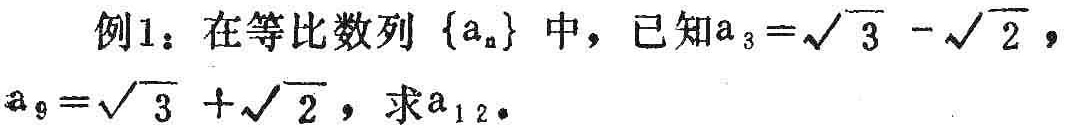
例1：在等比数列\(\{a_{n}\}\)中，已知\(a_{3}=\sqrt{3}-\sqrt{2}\)，\(a_{9}=\sqrt{3}+\sqrt{2}\)，求\(a_{12}\)。